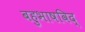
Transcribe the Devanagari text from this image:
बहुभाषविद्